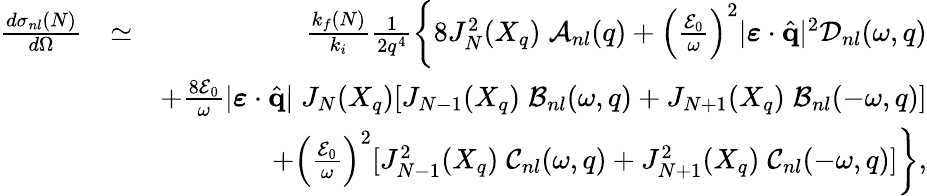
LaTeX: \begin{array}{rlr}{\frac{d{\sigma}_{nl}(N)}{d\Omega}}&{\simeq}&{\frac{k_{f}(N)}{k_{i}}\frac{1}{2q^{4}}\left\{ 8J_{N}^{2}(X_{q})\; {\cal A}_{nl}(q)+\left(\frac{{\cal E}_{0}}{\omega}\right)^{2}|\boldsymbol{\varepsilon}\cdot{\hat{\mathbf{q}}}|^{2}{\cal D}_{nl}(\omega,q)\right.}\\ &{}&{+\frac{{8\cal E}_{0}}{\omega}|\boldsymbol{\varepsilon}\cdot{\hat{\mathbf{q}}}|\; J_{N}(X_{q})[J_{N-1}(X_{q})\; {\cal B}_{nl}(\omega,q)+J_{N+1}(X_{q})\; {\cal B}_{nl}(-\omega,q)]}\\ &{}&{\left.+\left(\frac{{\cal E}_{0}}{\omega}\right)^{2}[J_{N-1}^{2}(X_{q})\; {\cal C}_{nl}(\omega,q)+J_{N+1}^{2}(X_{q})\; {\cal C}_{nl}(-\omega,q)]\right\} ,}\end{array}